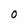
Character: 0